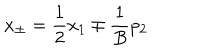
LaTeX: x _ { \pm } = \frac { 1 } { 2 } x _ { 1 } \mp \frac { 1 } { B } p _ { 2 }